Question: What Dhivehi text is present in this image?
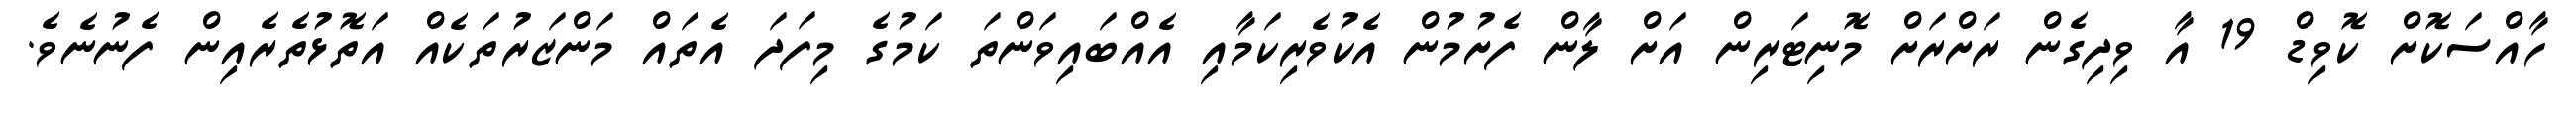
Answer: ހާއްސަކޮށް ކޮވިޑް 19 އާ ވިދިގެން ރަށްރަށް މޮނިޓަރިން އަށް ލާން ފެށުމުން އެކުވެރިކަމާއި އެއްބައިވަންތަ ކަމުގެ މިފަދަ އެތައް މަންޒަރުތަކެއް އަތޮޅުތެރެއިން ފެނުނެވެ.